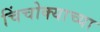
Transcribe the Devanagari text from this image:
चिंचोक्याच्या